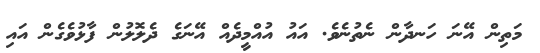
މަތިން އޭނަ ހަނދާން ނެތުނެވެ. އައު އުއްމީދެއް އޭނަގެ ދެލޮލުން ފާޅުވެގެން އައި